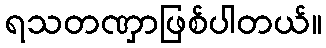
ရသတဏှာဖြစ်ပါတယ်။